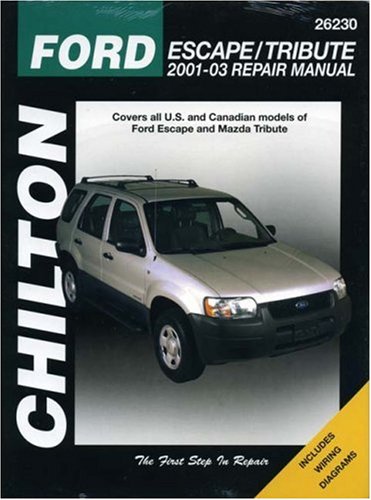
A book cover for Ford Escape & Mazda Tribute: 2001 through 2003 (Chilton's Total Car Care Repair Manuals); Mike Stubblefield; Engineering & Transportation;